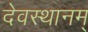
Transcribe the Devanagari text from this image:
देवस्थानम्